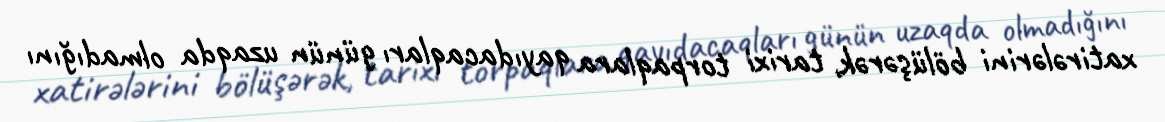
xatirələrini bölüşərək, tarixi torpaqlara qayıdacaqları günün uzaqda olmadığını